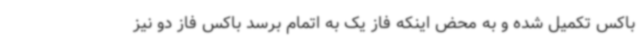
باکس تکمیل شده و به محض اینکه فاز یک به اتمام برسد باکس فاز دو نیز